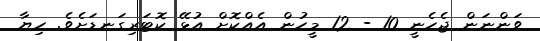
ވަންނަން ޖެހެނީ 10 - 12 މީހުން އެއްކޮށް އުޅޭ ކޮޓަރިގަނޑަށެވެ. ހިޔާ